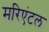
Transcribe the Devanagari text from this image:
मरिएंटल